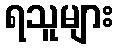
ရသူများ